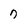
Character: 7